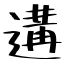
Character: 遘